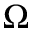
\Omega